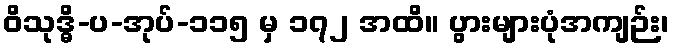
ဝိသုဒ္ဓိ-ပ-အုပ်-၁၁၅ မှ ၁၇၂ အထိ။ ပွားများပုံအကျဉ်း၊